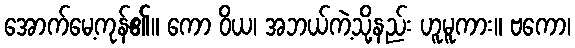
အောက်မေ့ကုန်၏။ ကော ဝိယ၊ အဘယ်ကဲ့သို့နည်း ဟူမူကား။ ဗကော၊